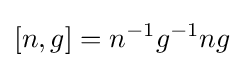
[n,g]=n^{-1}g^{-1}ng